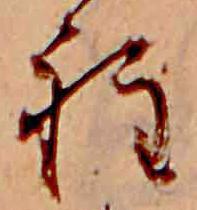
程